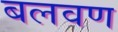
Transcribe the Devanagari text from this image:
बलवण